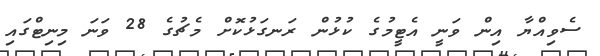
ސެވިއްޔާ އިން ވަނީ އެޓީމުގެ ކުޅުން ރަނގަޅުކޮށް މެޗުގެ 28 ވަނަ މިނިޓްގައި